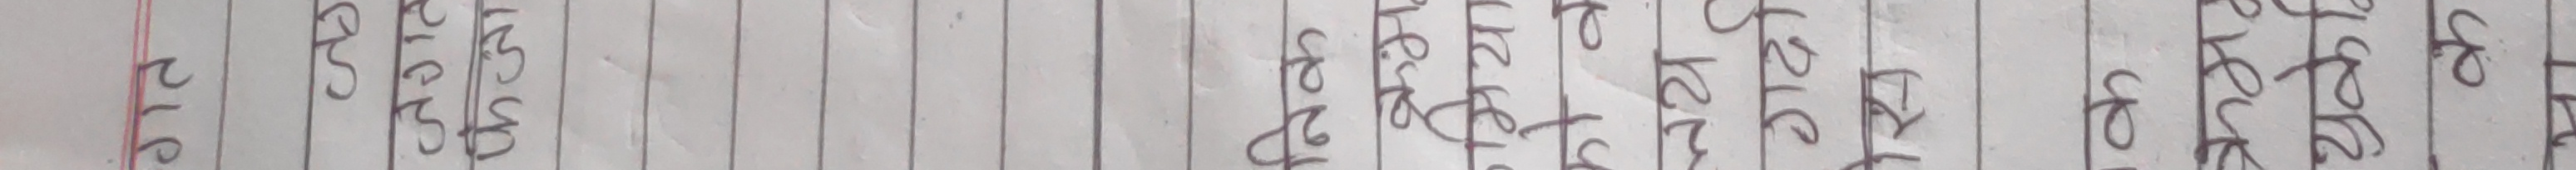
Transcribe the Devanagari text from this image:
गत
PUS
जगत
फैजा
निक
क्रम
गमया
को व
लय
गदो
क
क्रम
युकेि
क